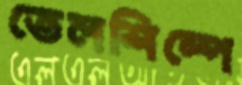
তেলশিল্পে